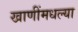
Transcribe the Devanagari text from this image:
खाणींमधल्या